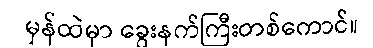
မှန်ထဲမှာ ခွေးနက်ကြီးတစ်ကောင်။